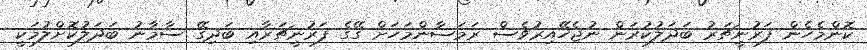
ކޮންމެހެން ފަރުނީޗަރު ބަދަލުކުރަން ނުޖެހޭއިރުވެސް ރަމަޟާންމަހަށް ގޭގެ ފަރުނީޗަރާއި ބަދިގޭ ސާމާނު ބަދަލުކޮށްލުމަކީ